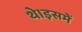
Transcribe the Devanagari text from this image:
थे।इसमें